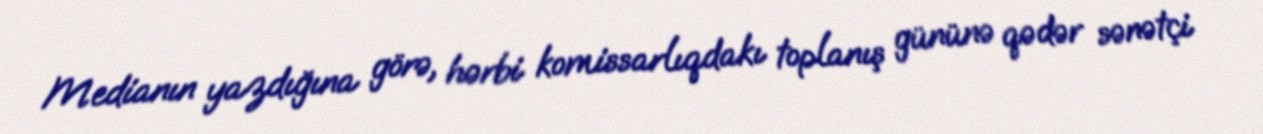
Medianın yazdığına görə, hərbi komissarlıqdakı toplanış gününə qədər sənətçi